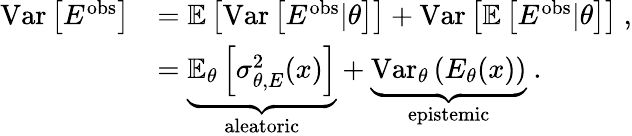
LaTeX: \begin{array}{rl}{\mathrm{Var}\left[E^{\mathrm{obs}}\right]}&{=\mathbb{E}\left[\mathrm{Var}\left[E^{\mathrm{obs}}|\theta\right]\right]+\mathrm{Var}\left[\mathbb{E}\left[E^{\mathrm{obs}}|\theta\right]\right]\ ,}\\ &{=\underbrace{\mathbb{E}_{\theta}\left[\sigma_{\theta,E}^{2}(x)\right]}_{\mathrm{aleatoric}}+\underbrace{\mathrm{Var}_{\theta}\left(E_{\theta}(x)\right)}_{\mathrm{epistemic}}\ .}\end{array}